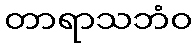
တာရာသဘံဝ